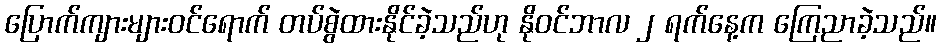
ပြောက်ကျားများဝင်ရောက် တပ်စွဲထားနိုင်ခဲ့သည်ဟု နိုဝင်ဘာလ ၂ ရက်နေ့က ကြေညာခဲ့သည်။